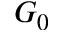
G _ { 0 }